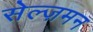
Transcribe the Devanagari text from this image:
सेल्ज़मन